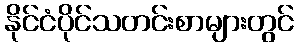
နိုင်ငံပိုင်သတင်းစာများတွင်